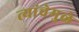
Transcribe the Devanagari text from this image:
त्यांचेमुळे